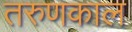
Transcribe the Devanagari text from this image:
तरुणकाल